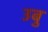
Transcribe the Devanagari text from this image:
उबु